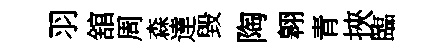
羽舘周森達毀陶翱青挾臨